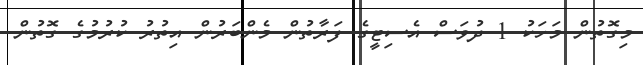
މިގޮތުން މަހަކު 1 ދުވަސް އެސިޓީގެ ފަރާތުން މެންބަރުން އިތުރު ކުރުމުގެ ގޮތުން